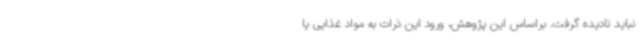
نباید نادیده گرفت. براساس این پژوهش، ورود این ذرات به مواد غذایی یا